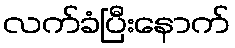
လက်ခံပြီးနောက်